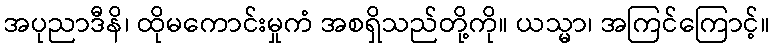
အပုညာဒီနိ၊ ထိုမကောင်းမှုကံ အစရှိသည်တို့ကို။ ယသ္မာ၊ အကြင်ကြောင့်။